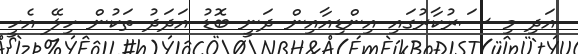
އަދި މި ސަރުކާރުގައި އިންޑިއާއިން ދަނީ ބޮޑު އަދަދު ތަކުން ހިލޭ އެހީ